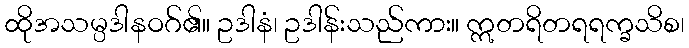
ထိုအသမ္ပဒါနဝဂ်၏။ ဥဒါနံ၊ ဥဒါန်းသည်ကား။ ဣတရိတရရက္ခသိစ၊